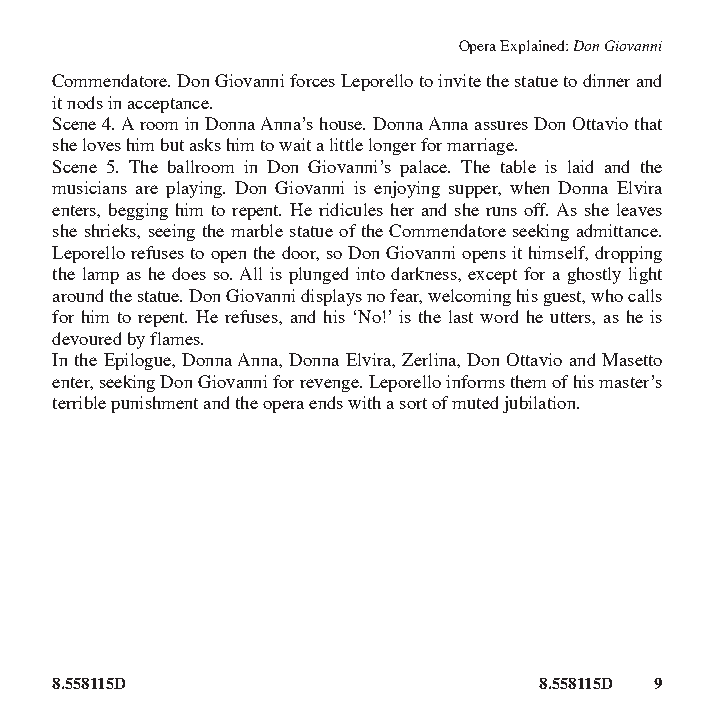
Opera Explained: Don Giovanni
 Commendatore. Don Giovanni forces Leporello to invite the statue to dinner and
 it nods in acceptance.
 Scene 4. A room in Donna Anna’s house. Donna Anna assures Don Ottavio that
 she loves him but asks him to wait a little longer for marriage.
 Scene 5. The ballroom in Don Giovanni’s palace. The table is laid and the
 musicians are playing. Don Giovanni is enjoying supper, when Donna Elvira
 enters, begging him to repent. He ridicules her and she runs off. As she leaves
 she shrieks, seeing the marble statue of the Commendatore seeking admittance.
 Leporello refuses to open the door, so Don Giovanni opens it himself, dropping
 the lamp as he does so. All is plunged into darkness, except for a ghostly light
 around the statue. Don Giovanni displays no fear, welcoming his guest, who calls
 for him to repent. He refuses, and his ‘No!’ is the last word he utters, as he is
 devoured by flames.
 In the Epilogue, Donna Anna, Donna Elvira, Zerlina, Don Ottavio and Masetto
 enter, seeking Don Giovanni for revenge. Leporello informs them of his master’s
 terrible punishment and the opera ends with a sort of muted jubilation.
 8.558115D                        8.558115D 9